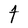
Character: t